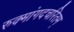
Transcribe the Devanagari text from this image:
रुक्मांगदचरितम्